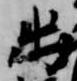
出